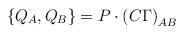
LaTeX: \begin{align*}\left\{ Q_A,Q_B\right\} =P\cdot \left( C\Gamma \right) _{AB} \end{align*}